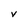
Character: V